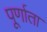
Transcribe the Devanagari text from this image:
पूर्णाता